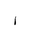
Letter: _alif